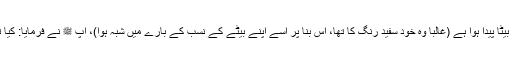
میرے ہاں ایک سیاہ فام بیٹا پیدا ہوا ہے (غالباً وہ خود سفید رنگ کا تھا، اس بنا پر اُسے اپنے بیٹے کے نسب کے بارے میں شبہ ہوا)، آپ ﷺ نے فرمایا: کیا تمہارے پاس اونٹ ہیں؟